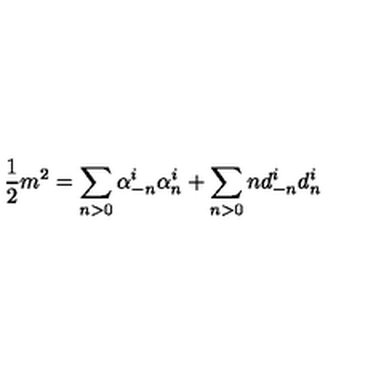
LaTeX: \frac { 1 } { 2 } m ^ { 2 } = \sum _ { n > 0 } \alpha _ { - n } ^ { i } \alpha _ { n } ^ { i } + \sum _ { n > 0 } n d _ { - n } ^ { i } d _ { n } ^ { i }